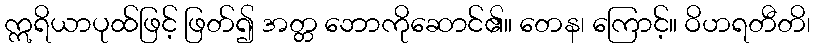
ဣရိယာပုထ်ဖြင့် ဖြတ်၍ အတ္တ ဘောကိုဆောင်၏။ တေန၊ ကြောင့်။ ဝိဟရတီတိ၊